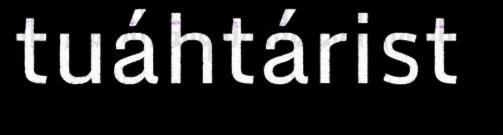
tuáhtárist